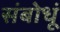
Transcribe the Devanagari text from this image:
संबोधूं